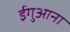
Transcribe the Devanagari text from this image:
ईगुआना